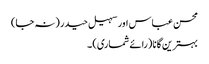
محسن عباس اور سہیل حیدر (نہ جا)
بہترین گانا (رائے شماری) ۔